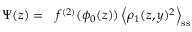
\begin{array} { r l } { \Psi ( z ) = } & { { } f ^ { ( 2 ) } ( \phi _ { 0 } ( z ) ) \left\langle \rho _ { 1 } ( z , y ) ^ { 2 } \right\rangle _ { \mathrm { s s } } } \end{array}